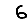
Digit: 6